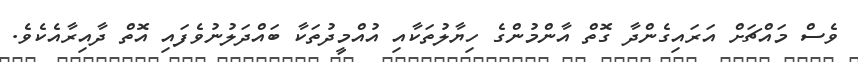
ވެސް މައްޗަށް އަރައިގެންދާ ގޮތް އާންމުންގެ ހިޔާލުތަކާއި އުއްމީދުތަކާ ބައްދަލުނުވެފައި އޮތް ދާއިރާއެކެވެ.